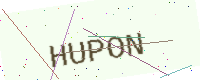
Text: HUPON